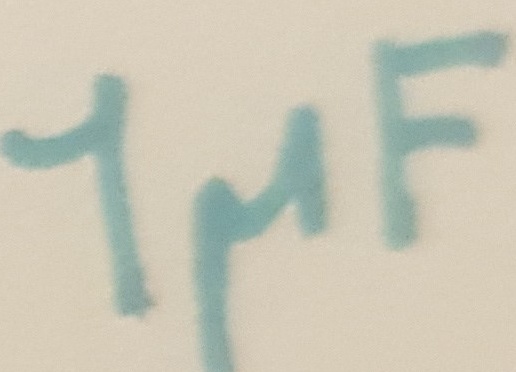
Text: 1µF